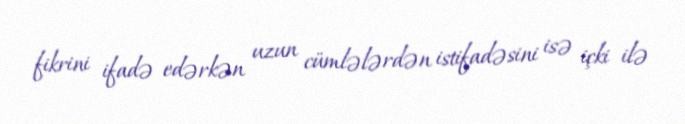
fikrini ifadə edərkən uzun cümlələrdən istifadəsini isə içki ilə